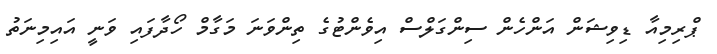
ޕްރިމިއާ ޑިވިޝަން އަންހެން ސިންގަލްސް އިވެންޓުގެ ތިންވަނަ މަގާމް ހޯދާފައި ވަނީ އައިމިނަތު